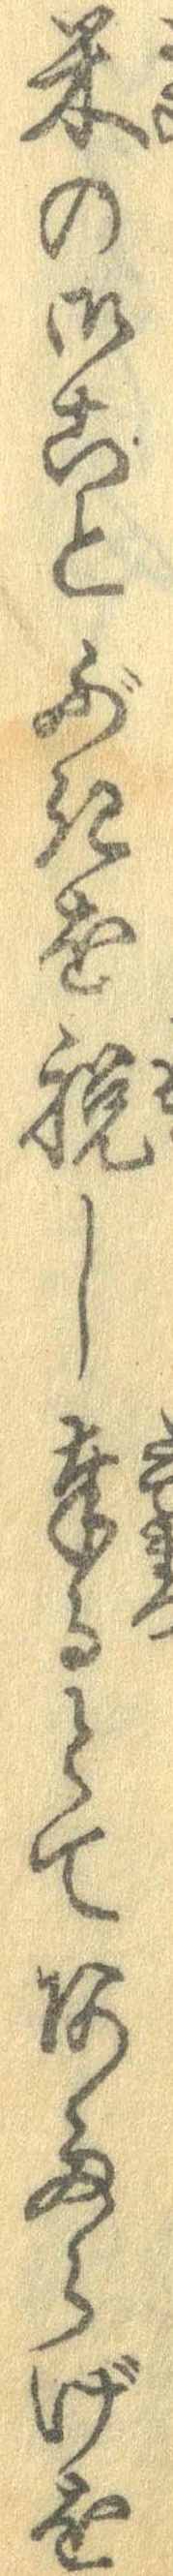
米の御ことぶきを祝し奉るとてあふらげを